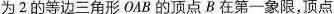
为 2 的等边三角形 OAB 的顶点 B 在第一象限，顶点